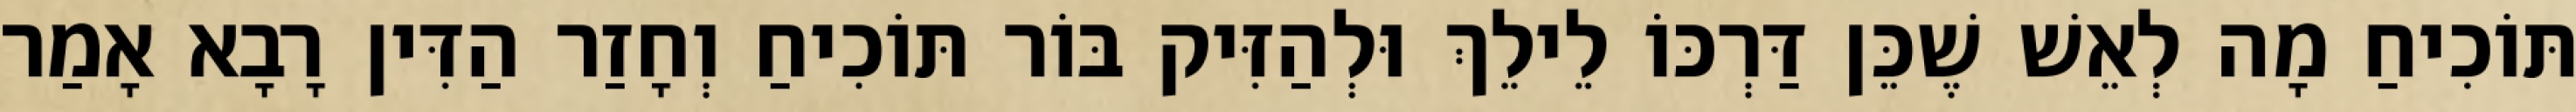
תּוֹכִיחַ מָה לְאֵשׁ שֶׁכֵּן דַּרְכּוֹ לֵילֵךְ וּלְהַזִּיק בּוֹר תּוֹכִיחַ וְחָזַר הַדִּין רָבָא אָמַר